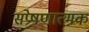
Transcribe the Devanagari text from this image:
संप्रेषणात्मक